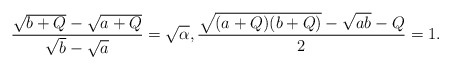
\begin{align*}\frac{\sqrt{b+Q}-\sqrt{a+Q}}{\sqrt{b}-\sqrt{a}}=\sqrt{\alpha},\frac{\sqrt{(a+Q)(b+Q)}-\sqrt{ab}-Q}{2}=1.\end{align*}